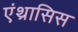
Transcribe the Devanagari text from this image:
एंथ्रासिस